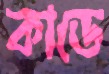
কাডে